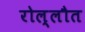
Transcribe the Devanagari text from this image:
रोल्लौत